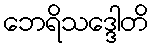
ဘေရိသဒ္ဒေါတိ